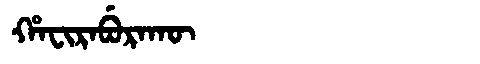
Manchu: ᡥᠠᠸᡳᡵᠠᠪᡠᡵᠠᡴᡡ
Romanization: HAFIRABURAKŪ